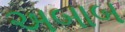
અબાબ